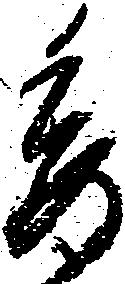
委